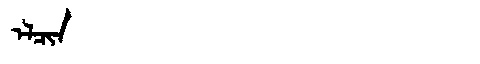
Manchu: ᡝᠯᠴᡳᠨ
Romanization: ELCIN